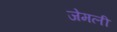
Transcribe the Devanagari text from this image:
जेमली